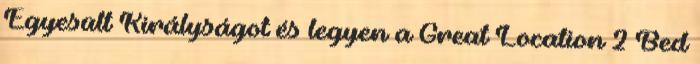
Egyesült Királyságot és legyen a Great Location 2 Bed